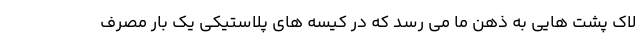
لاک پشت هایی به ذهن ما می رسد که در کیسه های پلاستیکی یک بار مصرف